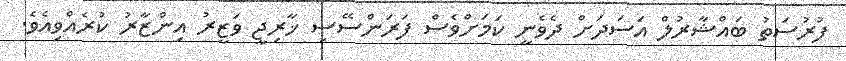
ފުރުސަތު ބައްޝާރުލް އަސަދަށް ދެވެނީ ކަމަށްވެސް ފަރަންސޭސި ޚާރިޖީ ވަޒީރު އިންޒާރު ކުރެއްވިއެވެ.